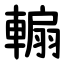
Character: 䡪